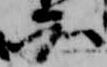
知